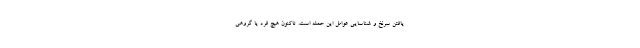
یافتن سرنخ و شناسایی عوامل این حمله است. تاکنون هیچ فرد یا گروهی